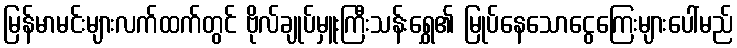
မြန်မာမင်းများလက်ထက်တွင် ဗိုလ်ချုပ်မှူးကြီးသန်းရွှေ၏ မြုပ်နေသောငွေကြေးများပေါ်မည်